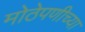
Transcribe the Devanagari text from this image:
मोठेपणीच्या